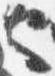
也